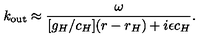
k _ { \mathrm { o u t } } \approx { \frac { \omega } { [ g _ { H } / c _ { H } ] ( r - r _ { H } ) + i \epsilon c _ { H } } } .